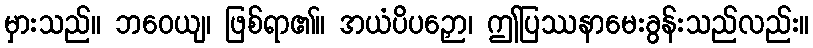
မှားသည်။ ဘဝေယျ၊ ဖြစ်ရာ၏။ အယံပိပဉှော၊ ဤပြဿနာမေးခွန်းသည်လည်း။